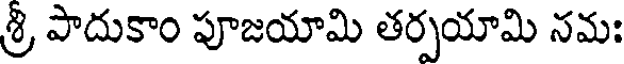
శ్రీ పాదుకాం పూజయామి తర్పయామి నమః